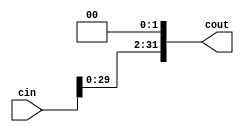
`timescale 1ns / 1ps
//////////////////////////////////////////////////////////////////////////////////
// Company: 
// Engineer: 
// 
// Design Name: 
// Module Name: sl2
// Project Name: 
// Target Devices: 
// Tool Versions: 
// Description: 
// 
// Dependencies: 
// 
// Revision:
// Revision 0.01 - File Created
// Additional Comments:
// 
//////////////////////////////////////////////////////////////////////////////////


module sl2(cin,cout);
input [31:0] cin;
output [31:0] cout;
assign cout = {cin[29:0],2'b00};
endmodule